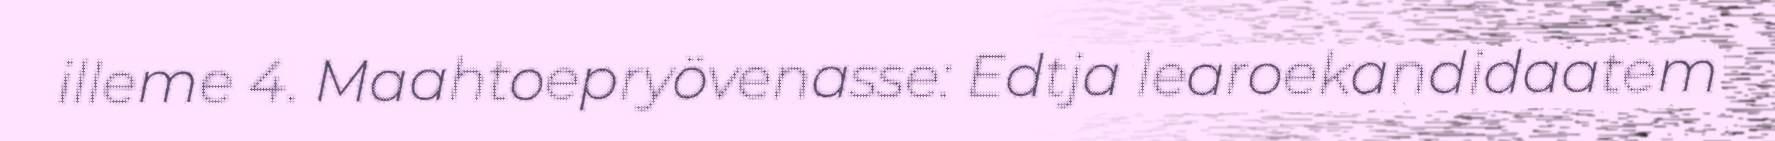
illeme 4. Maahtoepryövenasse: Edtja learoekandidaatem